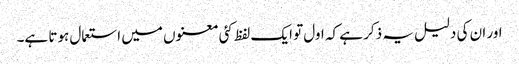
اور ان کی دلیل یہ ذکر ہے کہ اول تو ایک لفظ کئی معنوں میں استعمال ہوتا ہے۔